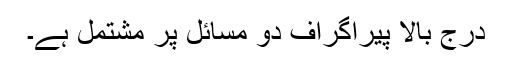
درج بالا پیراگراف دو مسائل پر مشتمل ہے۔